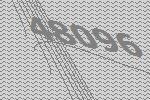
48096